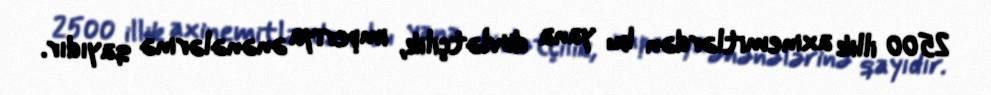
2500 illik axinemitlərdən bu yana dövlətçilik, imperiya ənənələrinə qayıdır.